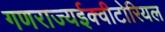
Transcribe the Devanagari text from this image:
गणराज्यईक्वीटोरियल